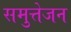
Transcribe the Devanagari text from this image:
समुत्तेजन